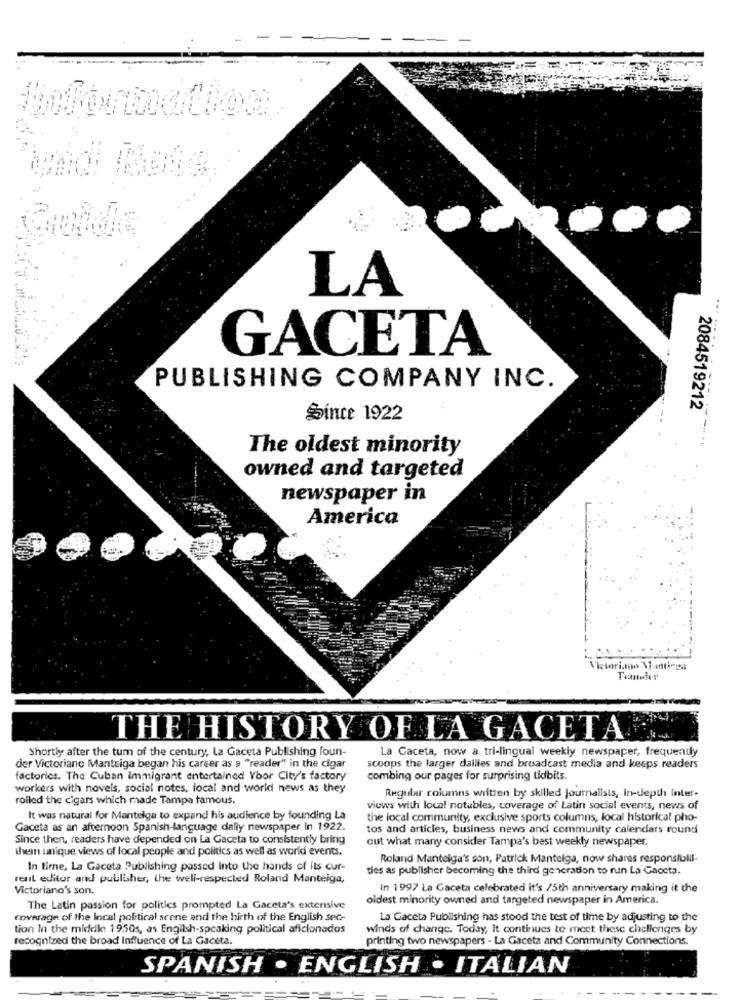
-.-
LA
GACETA
PUBLISHING COMPANY INC.
2084519212
Since 1922
The oldest minority
owned and targeted
newspaper in
America
THE HISTORY OF LA GACETA
Shortly after the tum of the century, La Gaceta Publishing foun-
La Gaceta, now a tri-lingual weekly newspaper, frequently
der Victoriano Manteiga began his career as a "reader" in the cigar
scoops the larger dailles and broadcast media and keeps readers
factories. The Cuban immigrant entertained Voor City's factory
combing our pages for surprising tidbits.
workers with novels, social notes, local and world news as they
rolled the cigars which made Tampa famous.
Regular columns written by skilled journalists, in-depth inter-
views with local notubles, coverage of Latin social events, news of
It was natural for Manteiga to expand his audience by founding La
the local community, exclusive sports columns, local historical pho-
Gaceta as an afternoon Spanish-language dally newspaper in 1922.
tos and articles, business news and community calendars round
Since then, readers have depended on La Gaceta to consistently bring
out what many consider Tampa's best weekly newspaper.
thein unique views of local people and politics as well as world events.
Roland Manteiga's son, Patrick Manteiga, now shares responsiblil-
In time, La Gaceta Publishing passed into the hands of its cur-
ties as publisher becoming the third generation to run La Gaceta.
rent editor and publisher, the well-respected Roland Manteiga,
Victoriano's son.
in 1997 La Gaceta celebrated it's /5th anniversary making it the
oldest minority owned and targeted newspaper in America.
The Latin passion for politics prompted La Gaceta's extensive
coverage of the local political scene and the hirth of the English sec-
La Gaceta Publishing has stood the test of time by adjusting to the
tion In the middle 1950s, as English-speaking political aficionados
winds of change. Today, it continues to meet these challenges by
recognized the broad Influence of La Gaceta.
printing two newspapers - La Gaceta and Community Connections.
SPANISH . ENGLISH . ITALIAN